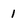
Character: 1